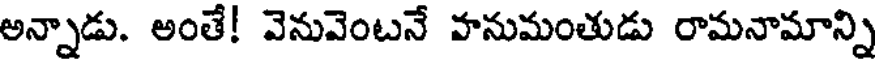
అన్నాడు. అంతే! వెనువెంటనే వానుమంతుడు రామనామాన్ని